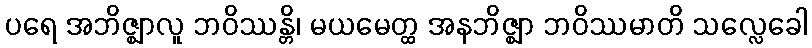
ပရေ အဘိဇ္ဈာလူ ဘဝိဿန္တိ၊ မယမေတ္ထ အနဘိဇ္ဈာ ဘဝိဿမာတိ သလ္လေခေါ